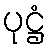
ပုဋ္ဌံ